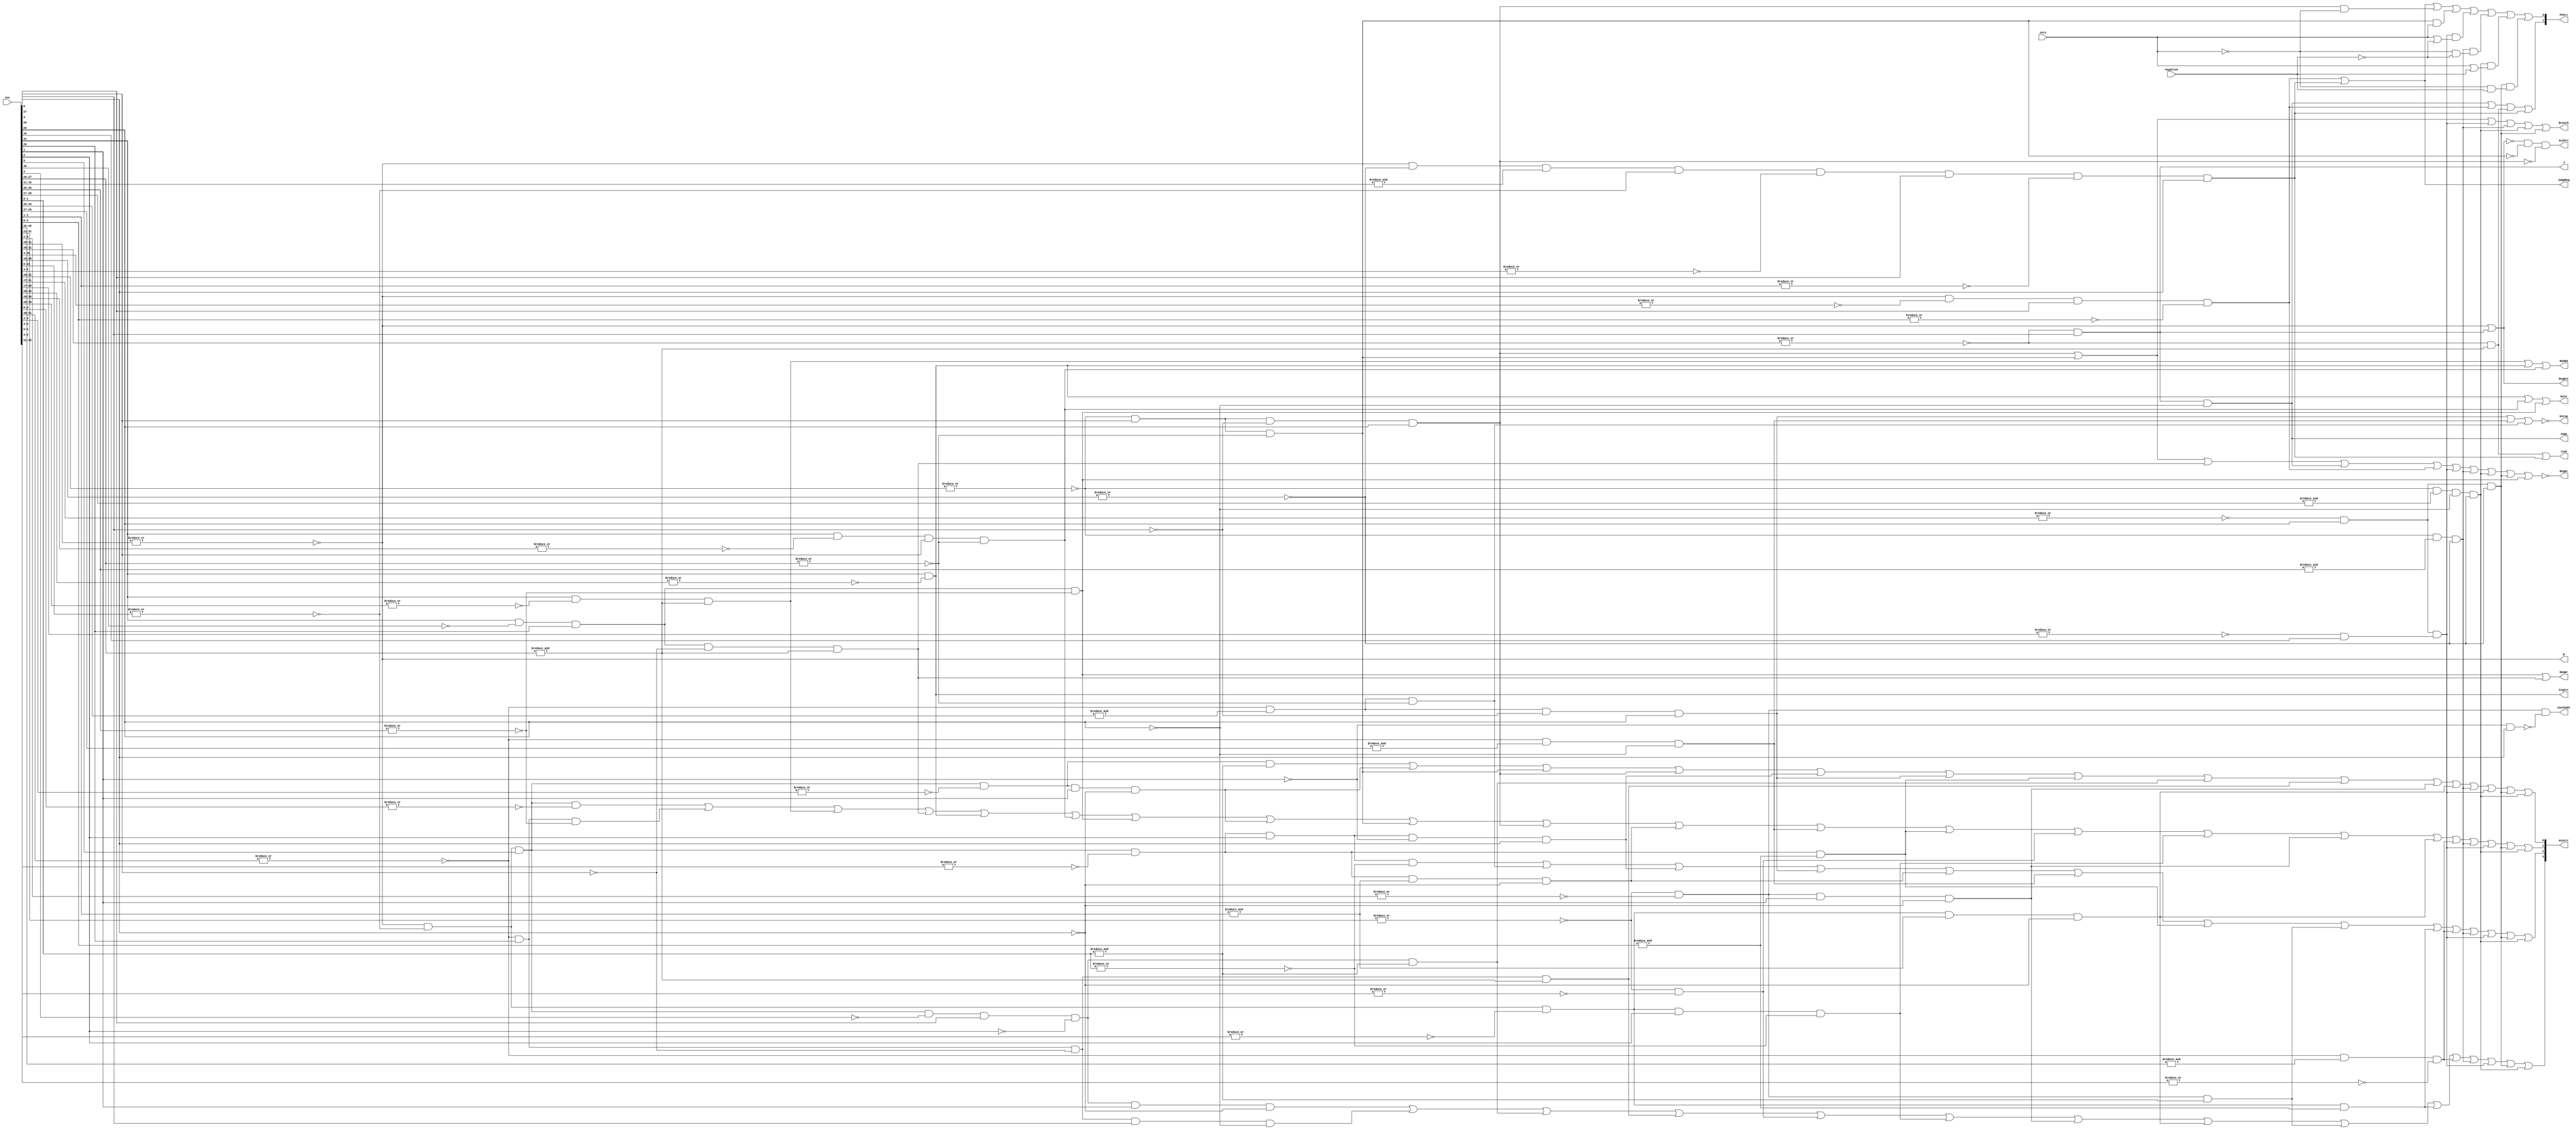
module ControlUnit (
    input [31:0] ins,
    input zero,
    input negative,
    output [1:0] PCSrc,
    output useshamt,//
    output R,//R
    output RegDst,//I
    output J,//J
    //output [1:0] PCSrc,//PC
    //output MemtoReg,//
    output Branch,//
    output Jump,//
    output RegWr,//
    output byte,///
    output MemWr,//
    output MemRd,//
    output Extop,//
    output link,//
    output JumpReg,//
    output ALUSrc,
    output [3:0] ALUctr,//alu
    output SigCtr//
);

    wire j, jr, jal, jalr, bne, beq, bgez, bgtz, blez, bltz, lb, lbu, sb, sw, lw;
    wire add, addiu, addi, addu, subu, sub, And, andi, Or, ori, Xori, Xor, Nor, slt, slti, sltiu, sltu, sll, sllv, srl, srlv, sra, srav, lui;
    assign useshamt = (~|ins[31:21]) & (~|ins[5:2]) & ~(~ins[1] & ins[0]);
    assign R = ~|ins[31:26];
    assign J = (~|ins[31:28]) & ins[27];
    assign RegDst = R | J;
    
    assign j = (~|ins[31:28]) & ins[27] & ~ins[26];
    assign jr = (~|ins[31:26]) & (~|ins[20:4]) & ins[3] & (~|ins[2:0]);
    assign jal = (~|ins[31:28]) & (&ins[27:26]);
    assign jalr = (~|ins[31:26]) & (~|ins[20:16]) & (&ins[15:11]) & (~|ins[10:6]) & (~|ins[5:4]) & ins[3] & (~|ins[2:1]) & ins[0];
    assign bne = (~|ins[31:29]) & ins[28] & ~ins[27] & ins[26];
    assign beq = (~|ins[31:29]) & ins[28] & (~|ins[27:26]);
    assign bgez = ((~|ins[31:27]) & ins[26]) & ((~|ins[20:17]) & ins[16]);
    assign bgtz = ((~|ins[31:29]) & (&ins[28:26])) & (~|ins[20:16]);
    assign blez = ((~|ins[31:29]) & (&ins[28:27]) & ~ins[26]) & (~|ins[20:16]);
    assign bltz = ((~|ins[31:27]) & ins[26]) & (~|ins[20:16]);
    assign lb = ins[31] & (~|ins[30:26]);
    assign lbu = ins[31] & (~|ins[30:29]) & ins[28] & (~|ins[27:26]);
    assign sb = ins[31] & ~ins[30] & ins[29] & (~|ins[28:26]);
    assign sw = ins[31] & ~ins[30] & ins[29] & ~ins[28] & (&ins[27:26]);
    assign lw = ins[31] & (~|ins[30:28]) & (&ins[27:26]);
    assign add = (~|ins[31:26]) & (~|ins[10:6]) & ins[5] & (~|ins[4:0]);
    assign addiu = (~|ins[31:30]) & ins[29] & (~|ins[28:27]) & ins[26];
    assign addi = (~|ins[31:30]) & ins[29] & (~|ins[28:26]);    
    assign addu = (~|ins[31:26]) & (~|ins[10:6]) & ins[5] & (~|ins[4:1]) & ins[0];
    assign subu = (~|ins[31:26]) & (~|ins[10:6]) & ins[5] & (~|ins[4:2]) & (&ins[1:0]);
    assign sub = (~|ins[31:26]) & (~|ins[10:6]) & ins[5] & (~|ins[4:2]) & ins[1] & ~ins[0];
    assign And = (~|ins[31:26]) & (~|ins[10:6]) & ins[5] & (~|ins[4:3]) & ins[2] & (~|ins[1:0]);
    assign andi = (~|ins[31:30]) & (&ins[29:28]) & (~|ins[27:26]);
    assign Or = (~|ins[31:26]) & (~|ins[10:6]) & ins[5] & (~|ins[4:3]) & ins[2] & ~ins[1] & ins[0];
    assign ori = (~|ins[31:30]) & (&ins[29:28]) & ~ins[27] & ins[26];
    assign Xori = (~|ins[31:30]) & (&ins[29:27]) & ~ins[26];
    assign Xor = (~|ins[31:26]) & (~|ins[10:6]) & ins[5] & (~|ins[4:3]) & (&ins[2:1]) & ~ins[0];
    assign Nor = (~|ins[31:26]) & (~|ins[10:6]) & ins[5] & (~|ins[4:3]) & (&ins[2:0]);
    assign slt = (~|ins[31:26]) & (~|ins[10:6]) & ins[5] & ~ins[4] & ins[3] & ~ins[2] & ins[1] & ~ins[0];
    assign slti = (~|ins[31:30]) & ins[29] & ~ins[28] & ins[27] & ~ins[26];
    assign sltiu = (~|ins[31:30]) & ins[29] & ~ins[28] & (&ins[27:26]);
    assign sltu = (~|ins[31:26]) & (~|ins[10:6]) & ins[5] & ~ins[4] & ins[3] & ~ins[2] & (&ins[1:0]);
    assign sll = (~|ins[31:21]) & (~|ins[5:0]);
    assign sllv = (~|ins[31:26]) & (~|ins[10:6]) & (~|ins[5:3]) & ins[2] & (~|ins[1:0]);
    assign srl = (~|ins[31:21]) & (~|ins[5:2]) & ins[1] & ~ins[0];
    assign srlv = (~|ins[31:26]) & (~|ins[10:6]) & (~|ins[5:3]) & (&ins[2:1]) & ~ins[0];
    assign sra = (~|ins[31:21]) & (~|ins[5:2]) & (&ins[1:0]);
    assign srav = (~|ins[31:26]) & (~|ins[10:6]) & (~|ins[5:3]) & (&ins[2:0]);
    assign lui = (~|ins[31:30]) & (&ins[29:26]) & (~|ins[25:21]);

    assign PCSrc[1] = j | jr | jal | jalr;
    assign PCSrc[0] = jr | jalr | (bne & ~zero) | (beq & zero) | 
                     (bgez & (zero | ~negative)) | (bgtz & (~zero & ~negative)) | (blez & (zero | negative)) | (bltz & (~zero & negative));

    assign ALUSrc = ~(R | J) & ~beq & ~bne;

    assign ALUctr[0] = subu | sub | beq | bne | Or | ori | Nor | sltu | sltiu | srl | srlv | bgtz | bgez | bltz | blez;

    assign ALUctr[1] = add | addi | lw | sw | lb | lbu | sb | sub | beq | bne | Xor | Xori | Nor | sll | sllv | srl | srlv | lui | bgtz | bgez | bltz | blez;

    assign ALUctr[2] = And | andi | Or | ori | Xor | Xori | Nor | sra | srav | lui | bgtz | bgez | bltz | blez;

    assign ALUctr[3] = slt | slti | sltu | sltiu | sll | sllv | srl | srlv | sra | srav | lui | bgtz | bgez | bltz | blez;

    assign Jump = j;

    assign link = jal | jalr;

    assign Branch = bne | beq | bgez | bgtz | blez | bltz;

    assign byte = lb | lbu | sb;

    assign RegWr = ~(beq | bne | sw | j | jr | bgez | bgtz | blez | bltz | sb);

    //assign MemtoReg = lw | lb | lbu;

    assign MemWr = sb | sw;

    assign MemRd = lw | lb | lbu;

    assign Extop = ~(ori | Xori | andi);

    assign JumpReg = jr | jalr;

    assign SigCtr = lb;
endmodule